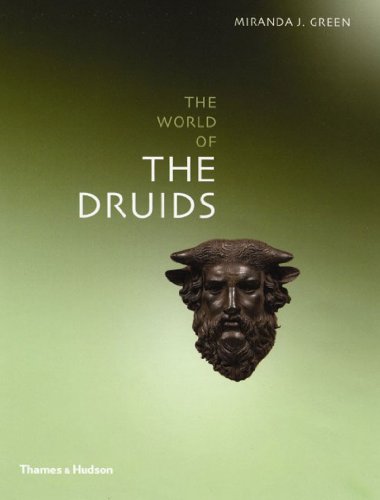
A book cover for The World of the Druids; Miranda J. Green; Religion & Spirituality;